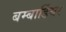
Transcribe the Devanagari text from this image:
बम्बार्डियर